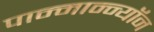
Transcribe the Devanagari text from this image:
पान्मान्न्यॉन